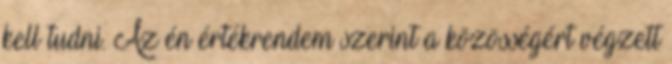
kell tudni. Az én értékrendem szerint a közösségért végzett